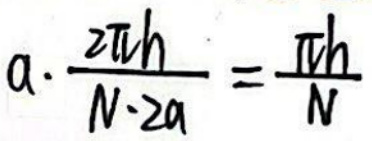
a. $\frac{2 \pi h}{N \cdot 2 a}=\frac{\pi h}{N}$